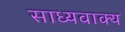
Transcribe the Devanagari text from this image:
साध्यवाक्य